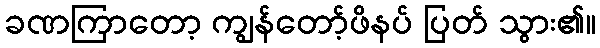
ခဏကြာတော့ ကျွန်တော့်ဖိနပ် ပြတ် သွား၏။